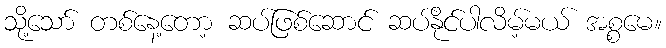
သို့သော် တစ်နေ့တော့ ဆပ်ဖြစ်ဆောင် ဆပ်နိုင်ပါလိမ့်မယ် အစ္စမေ။